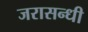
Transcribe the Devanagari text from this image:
जरासन्धी